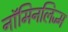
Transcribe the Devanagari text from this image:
नॉमिनलिज्म